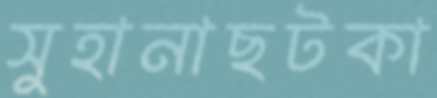
সুহানাছটকা